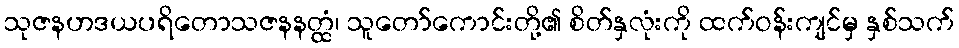
သုဇနဟဒယပရိတောသဇနနတ္ထံ၊ သူတော်ကောင်းတို့၏ စိတ်နှလုံးကို ထက်ဝန်းကျင်မှ နှစ်သက်